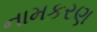
નામકરણ